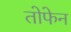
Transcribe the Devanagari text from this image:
तोफेन